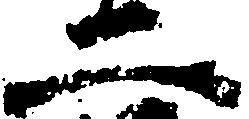
二